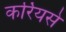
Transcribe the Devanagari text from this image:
कर्रियसे